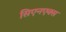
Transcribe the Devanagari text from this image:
सिएनएक्स